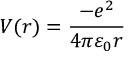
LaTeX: V ( r ) = { \frac { - e ^ { 2 } } { 4 \pi \varepsilon _ { 0 } r } }